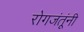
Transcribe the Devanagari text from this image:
रोगजंतूंनी